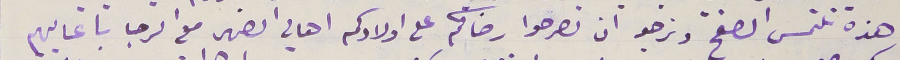
هذه نلتمس الصفح ونرجو ان تصرحوا رضاكم على اولادكم اهالي الضهر مع الرجا باعايهم